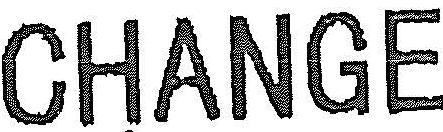
CHANGE